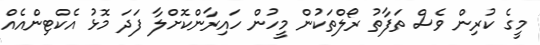
މީގެ ކުރިން ވެސް ތަފާތު ރޯލްތަކުން މީހުން ހައިރާންކޮށްލާ ފަދަ މޮޅު އެކްޓިންއެއް